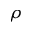
\rho